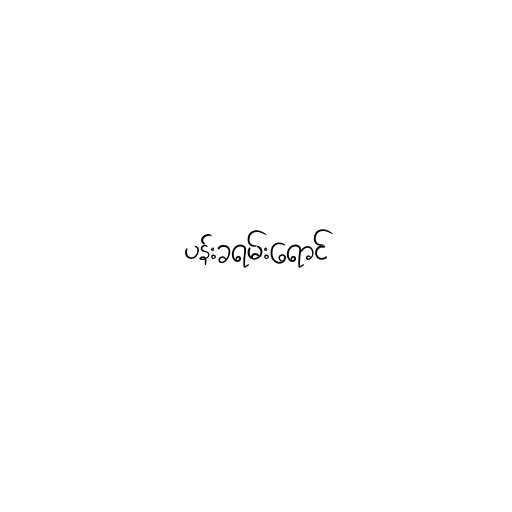
ပန်းခရမ်းရောင်